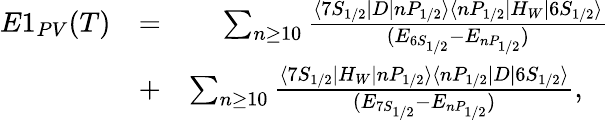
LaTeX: \begin{array}{rlr}{E1_{PV}(T)}&{=}&{\sum_{n\ge 10}\frac{\langle 7S_{1/2}|D|nP_{1/2}\rangle\langle nP_{1/2}|H_{W}|6S_{1/2}\rangle}{(E_{6S_{1/2}}-E_{nP_{1/2}})}}\\ &{+}&{\sum_{n\ge 10}\frac{\langle 7S_{1/2}|H_{W}|nP_{1/2}\rangle\langle nP_{1/2}|D|6S_{1/2}\rangle}{(E_{7S_{1/2}}-E_{nP_{1/2}})},\ \ \ }\end{array}